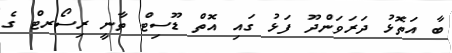
ބާ އަތޮޅު ދަރަވަންދޫ ފަޅު ގައި އޮތް ޑޫސިޓް ތާނީ ރިސޯރޓް ގެ